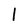
Character: I